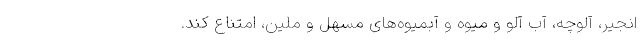
انجیر، آلوچه، آب آلو و میوه و آبمیوه‌های مسهل و ملین، امتناع کند.